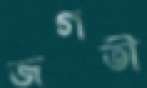
জগতী